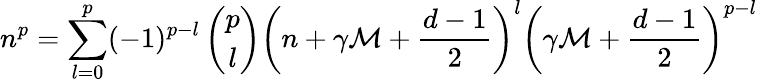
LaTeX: n^{p}=\sum_{l=0}^{p}(-1)^{p-l}\left(\begin{array}{c}{{p}}\\ {{l}}\end{array}\right)\left(n+\gamma\mathcal{M}+{\frac{{d-1}}{{2}}}\right)^{l}\left(\gamma\mathcal{M}+{\frac{{d-1}}{{2}}}\right)^{p-l}